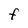
Character: F